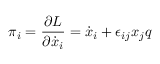
\pi _ { i } = \frac { \partial L } { \partial \dot { x } _ { i } } = \dot { x } _ { i } + \epsilon _ { i j } x _ { j } q